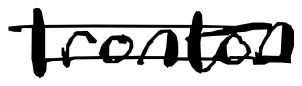
Text: Ironton
Cross-out: double-line
Writing tool: digital_black